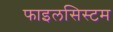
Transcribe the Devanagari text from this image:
फाइलसिस्टम